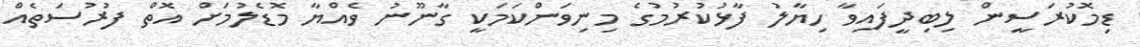
ޑިމޮކުރަސީން ލިބިދީފައިވާ ހިޔާލު ފާޅުކުރުމުގެ މިނިވަންކަމަކީ ގާނޫނު ވެއްޔާ މޮޑެލުމަށް އޮތް ފުރުސަތެއް